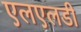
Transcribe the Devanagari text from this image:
एलएलडी